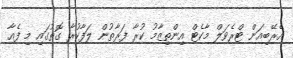
އެރޭބިއަން ޓްރެވަލް މާކެޓް އިންތިޒާމު ކުރާ ފަރާތުން ލަފާކުރާ ގޮތުގައި މި ފެއާ